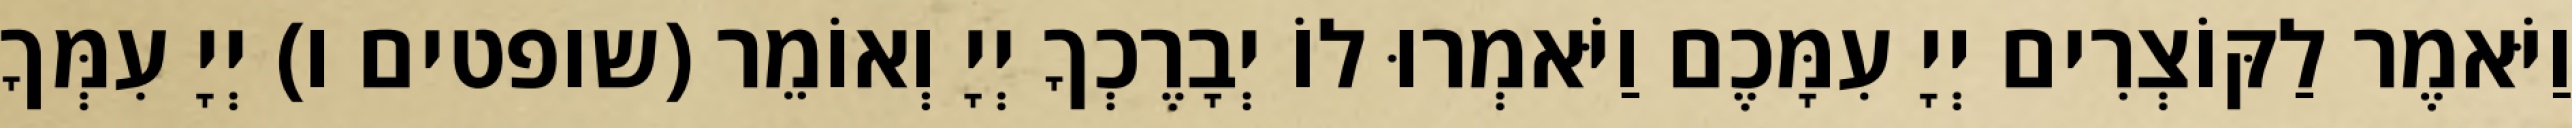
וַיֹּאמֶר לַקּוֹצְרִים יְיָ עִמָּכֶם וַיֹּאמְרוּ לוֹ יְבָרֶכְךָ יְיָ וְאוֹמֵר (שופטים ו) יְיָ עִמְּךָ